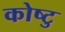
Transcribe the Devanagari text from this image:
कोष्टु